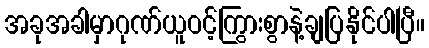
အခုအခါမှာဂုဏ်ယူဝင့်ကြွားစွာနဲ့ချပြနိုင်ပါပြီ။